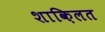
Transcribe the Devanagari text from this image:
शाक़िलत